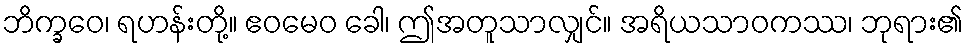
ဘိက္ခဝေ၊ ရဟန်းတို့။ ဧဝမေဝ ခေါ၊ ဤအတူသာလျှင်။ အရိယသာဝကဿ၊ ဘုရား၏